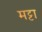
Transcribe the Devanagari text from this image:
मट्टा